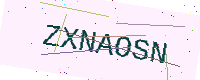
Text: ZXNAOSN